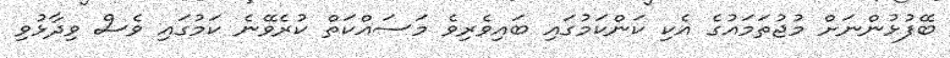
ބޭފުޅުންނަށް މުޖުތަމައުގެ އެކި ކަންކަމުގައި ބައިވެރިވެ މަސައްކަތް ކުރެވޭނެ ކަމުގައި ވެސް ވިދާޅުވި